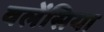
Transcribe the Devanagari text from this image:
वलेंसिया